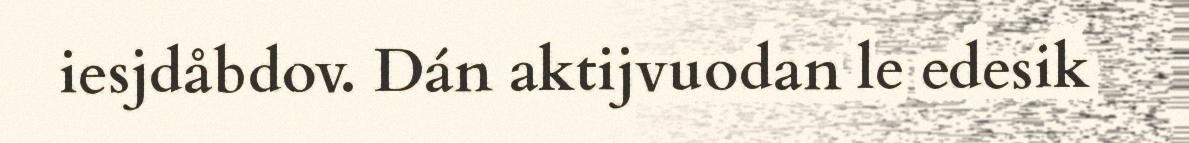
iesjdåbdov. Dán aktijvuodan le edesik